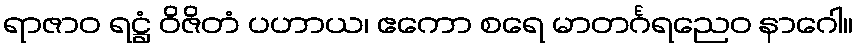
ရာဇာဝ ရဋ္ဌံ ဝိဇိတံ ပဟာယ၊ ဧကော စရေ မာတင်္ဂရညေဝ နာဂေါ။